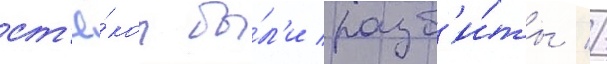
ст'ё́кол бы́л'и разб'и́ты //